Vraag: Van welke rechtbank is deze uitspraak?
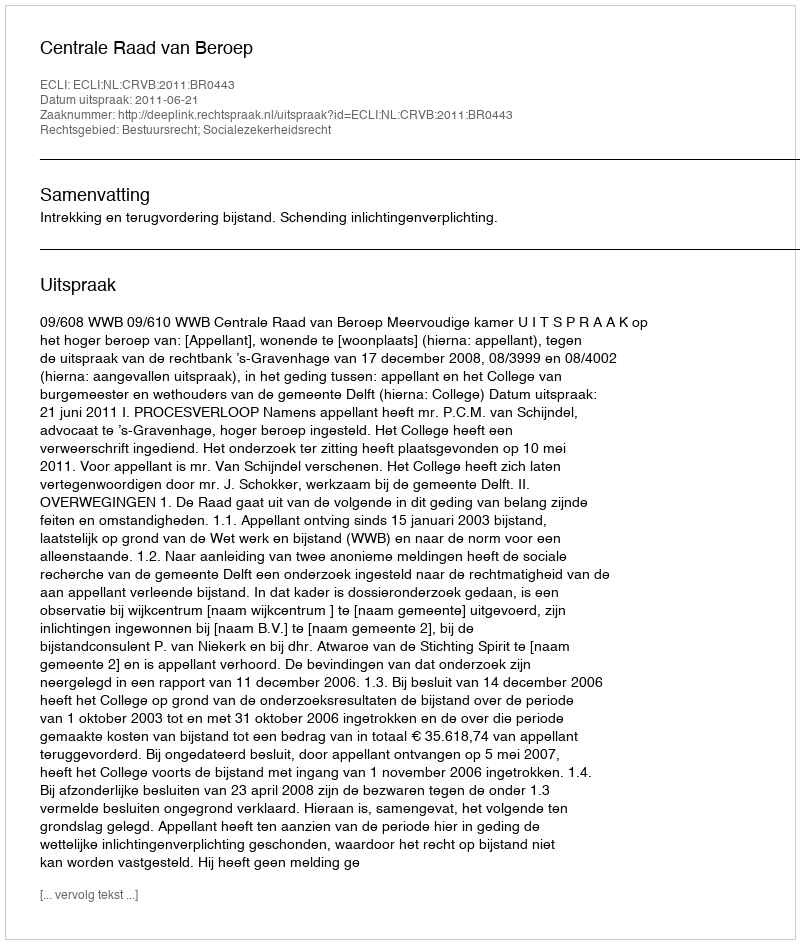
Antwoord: Centrale Raad van Beroep